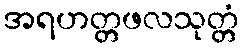
အရဟတ္တဖလသုတ္တံ